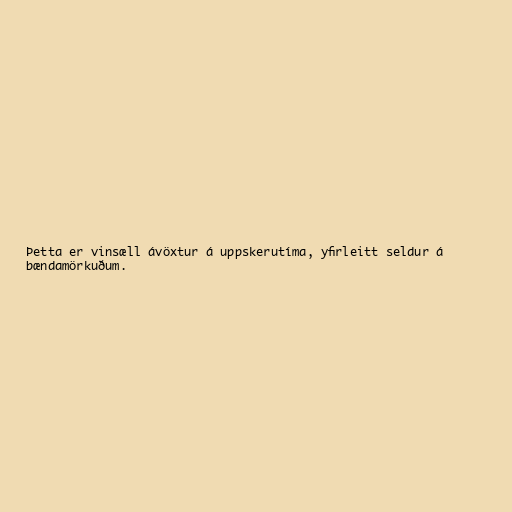
Þetta er vinsæll ávöxtur á uppskerutíma, yfirleitt seldur á
bændamörkuðum.